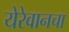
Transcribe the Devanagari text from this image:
येरेवानचा